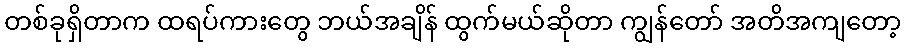
တစ်ခုရှိတာက ထရပ်ကားတွေ ဘယ်အချိန် ထွက်မယ်ဆိုတာ ကျွန်တော် အတိအကျတော့